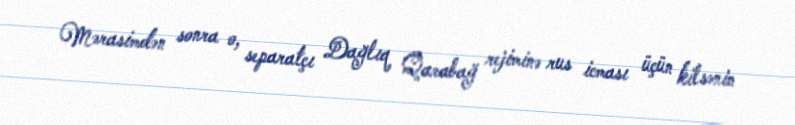
Mərasimdən sonra o, separatçı Dağlıq Qarabağ rejiminə rus icması üçün kilsənin